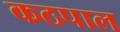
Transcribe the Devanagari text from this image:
कठपाल